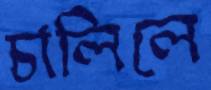
চালিলে